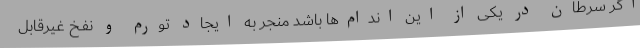
اگر سرطان در یکی از این اندام‌ها باشد منجر به ایجاد تورم و نفخ غیرقابل